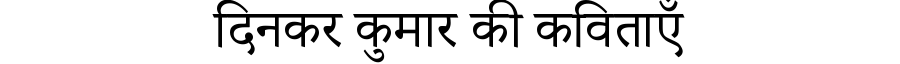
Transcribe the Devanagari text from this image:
दिनकर कुमार की कविताएँ